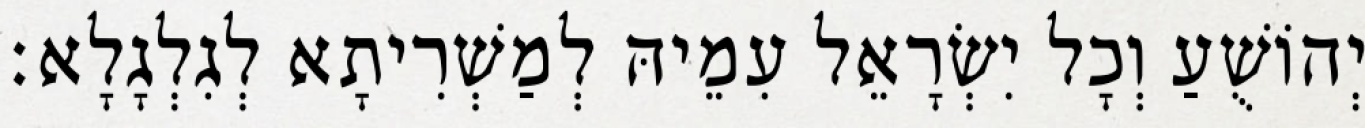
יְהוֹשֻׁעַ וְכָל יִשְׂרָאֵל עִמֵיהּ לְמַשְׁרִיתָא לְגִלְגָלָא׃